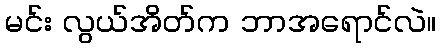
မင်း လွယ်အိတ်က ဘာအရောင်လဲ။